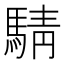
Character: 𫘋